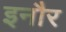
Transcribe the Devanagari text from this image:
इनौर